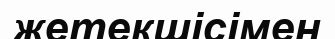
жетекшісімен